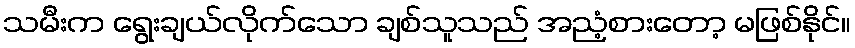
သမီးက ရွေးချယ်လိုက်သော ချစ်သူသည် အညံ့စားတော့ မဖြစ်နိုင်။